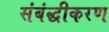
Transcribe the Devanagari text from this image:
संबंद्धीकरण